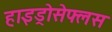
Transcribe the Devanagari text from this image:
हाइड्रोसेफ्लस